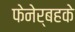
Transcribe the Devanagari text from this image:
फेनेर्बहके